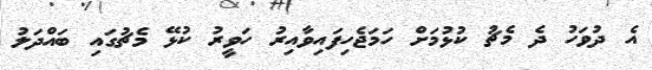
އެ ދުވަހު ދެ މެޗު ކުޅުމަށް ހަމަޖެހިފައިވާއިރު ހަވީރު ކުޅޭ މެޗުގައި ބައްދަލު